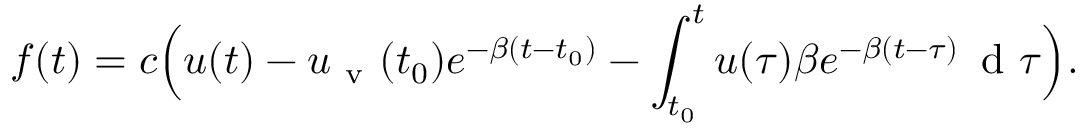
f ( t ) = c \Bigl ( u ( t ) - u _ { \mathrm { ~ v ~ } } ( t _ { 0 } ) e ^ { - \beta ( t - t _ { 0 } ) } - \int _ { t _ { 0 } } ^ { t } u ( \tau ) \beta e ^ { - \beta ( t - \tau ) } \, \mathrm { ~ d ~ } \tau \Bigr ) .